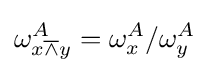
\omega _{x{\overline {\land }}y}^{A}=\omega _{x}^{A}/\omega _{y}^{A}\,\!